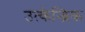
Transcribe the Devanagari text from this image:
उत्केन्द्रिक